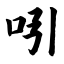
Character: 吲